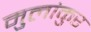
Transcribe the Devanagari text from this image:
मुलांकुर